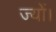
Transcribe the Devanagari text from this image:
ज्‍यों।